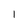
Character: 1